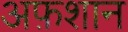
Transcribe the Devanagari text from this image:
अफ़शान